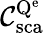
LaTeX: \mathcal{C}_{\mathrm{{sca}}}^{\mathrm{{Q^{e}}}}